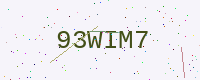
Text: 93WIM7